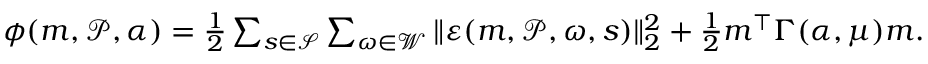
\begin{array} { r } { \phi ( \boldsymbol { m } , \mathcal { P } , \alpha ) = \frac 1 2 \sum _ { s \in \mathcal { S } } \sum _ { \omega \in \mathcal { W } } \Vert \boldsymbol { \varepsilon } ( \boldsymbol { m } , \mathcal { P } , \omega , s ) \Vert _ { 2 } ^ { 2 } + \frac { 1 } { 2 } \boldsymbol { m } ^ { \top } \Gamma ( \alpha , \mu ) \boldsymbol { m } . } \end{array}